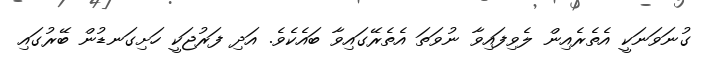
ގުނަވަނަކީ އެތެރެއިން ލެވިފައިވާ ނުވަތަ އެތެރޭގައިވާ ބައެކެވެ. އަދި ފަރުޖަކީ ހަށިގަނޑުން ބޭރުގައި